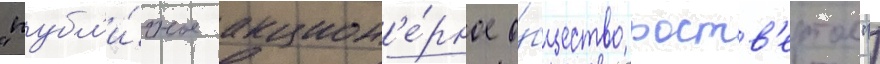
"публ'и́чное акцион'е́рное о́бщество роств'ертол")